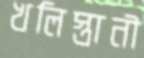
খলিস্তানী